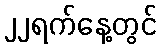
၂၂ရက်နေ့တွင်